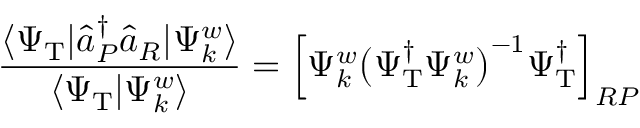
\frac { \langle \Psi _ { \mathrm { T } } | \hat { a } _ { P } ^ { \dagger } \hat { a } _ { R } | \Psi _ { k } ^ { w } \rangle } { \langle \Psi _ { \mathrm { T } } | \Psi _ { k } ^ { w } \rangle } = \Bigl [ \Psi _ { k } ^ { w } \big ( \Psi _ { \mathrm { T } } ^ { \dagger } \Psi _ { k } ^ { w } \big ) ^ { - 1 } \Psi _ { \mathrm { T } } ^ { \dagger } \Bigr ] _ { R P }